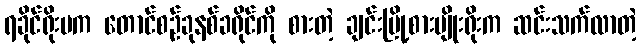
ရခိုင်ရိုးမက တောင်စဉ်ခုနစ်ခရိုင်ကို စားတဲ့ ချင်းမြို့စားမျိုးရိုးက ဆင်းသက်လာတဲ့